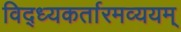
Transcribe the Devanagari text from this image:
विद्ध्यकर्तारमव्ययम्‌